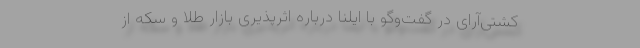
کشتی‌آرای در گفت‌وگو با ایلنا درباره اثرپذیری بازار طلا و سکه از